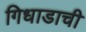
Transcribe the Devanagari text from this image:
गिधाडाची